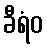
ခီရံဝ